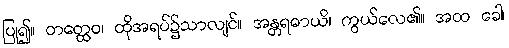
ပြု၍။ တတ္ထေဝ၊ ထိုအရပ်၌သာလျင်။ အန္တရဓာယိ၊ ကွယ်လေ၏။ အထ ခေါ၊